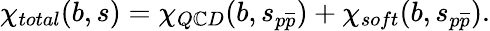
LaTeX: \chi_{total}(b,s)=\chi_{Q\mathbb{C}D}(b,s_{p\overline{{{{p}}}}})+\chi_{soft}(b,s_{p\overline{{{{p}}}}}).